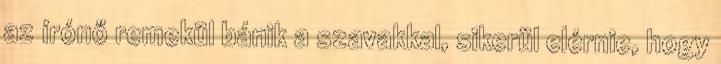
az írónő remekül bánik a szavakkal, sikerül elérnie, hogy